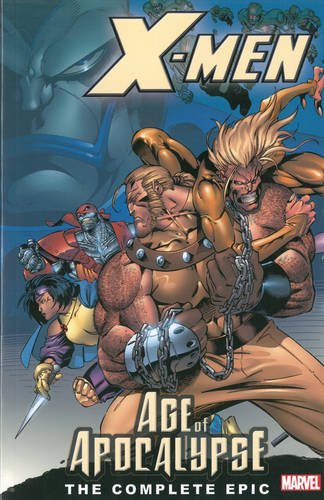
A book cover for X-Men: The Complete Age of Apocalypse Epic, Book 1; Scott Lobdell; Children's Books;